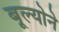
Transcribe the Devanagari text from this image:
बूल्योने